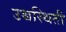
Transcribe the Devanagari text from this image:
उच्चस्थिती